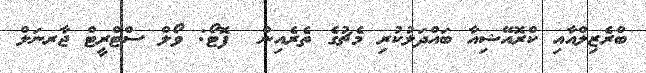
ބްރެޒިލްއާއި ކްރޮއޭޝިއާ ބައްދަލުކުރި މެޗުގެ ތެރެއިން  ފޮޓޯ: ވޯލް ސްޓްރީޓް ޖާރނަލް